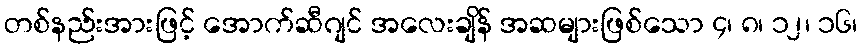
တစ်နည်းအားဖြင့် အောက်ဆီဂျင် အလေးချိန် အဆများဖြစ်သော ၄၊ ၈၊ ၁၂၊ ၁၆၊